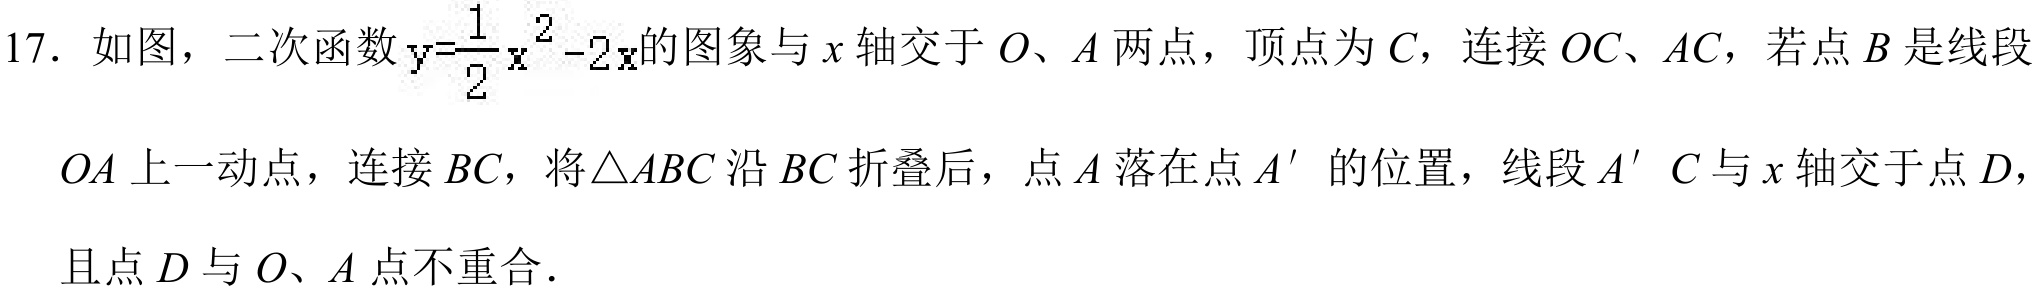
17. 如图，二次函数 \(y = \frac{1}{2}x^{2}-2x\)的图象与 \(x\) 轴交于 \(O\)、\(A\) 两点，顶点为 \(C\)，连接 \(OC\)、\(AC\)，若点 \(B\) 是线段
\(OA\) 上一动点，连接 \(BC\)，将\(\triangle ABC\) 沿 \(BC\) 折叠后，点 \(A\) 落在点 \(A'\) 的位置，线段 \(A'C\) 与 \(x\) 轴交于点 \(D\)，
且点 \(D\) 与 \(O\)、\(A\) 点不重合.